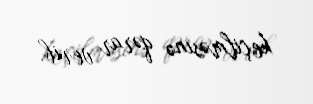
keçilməsinə qərar verib.